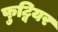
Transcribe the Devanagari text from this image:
फुट्वियर